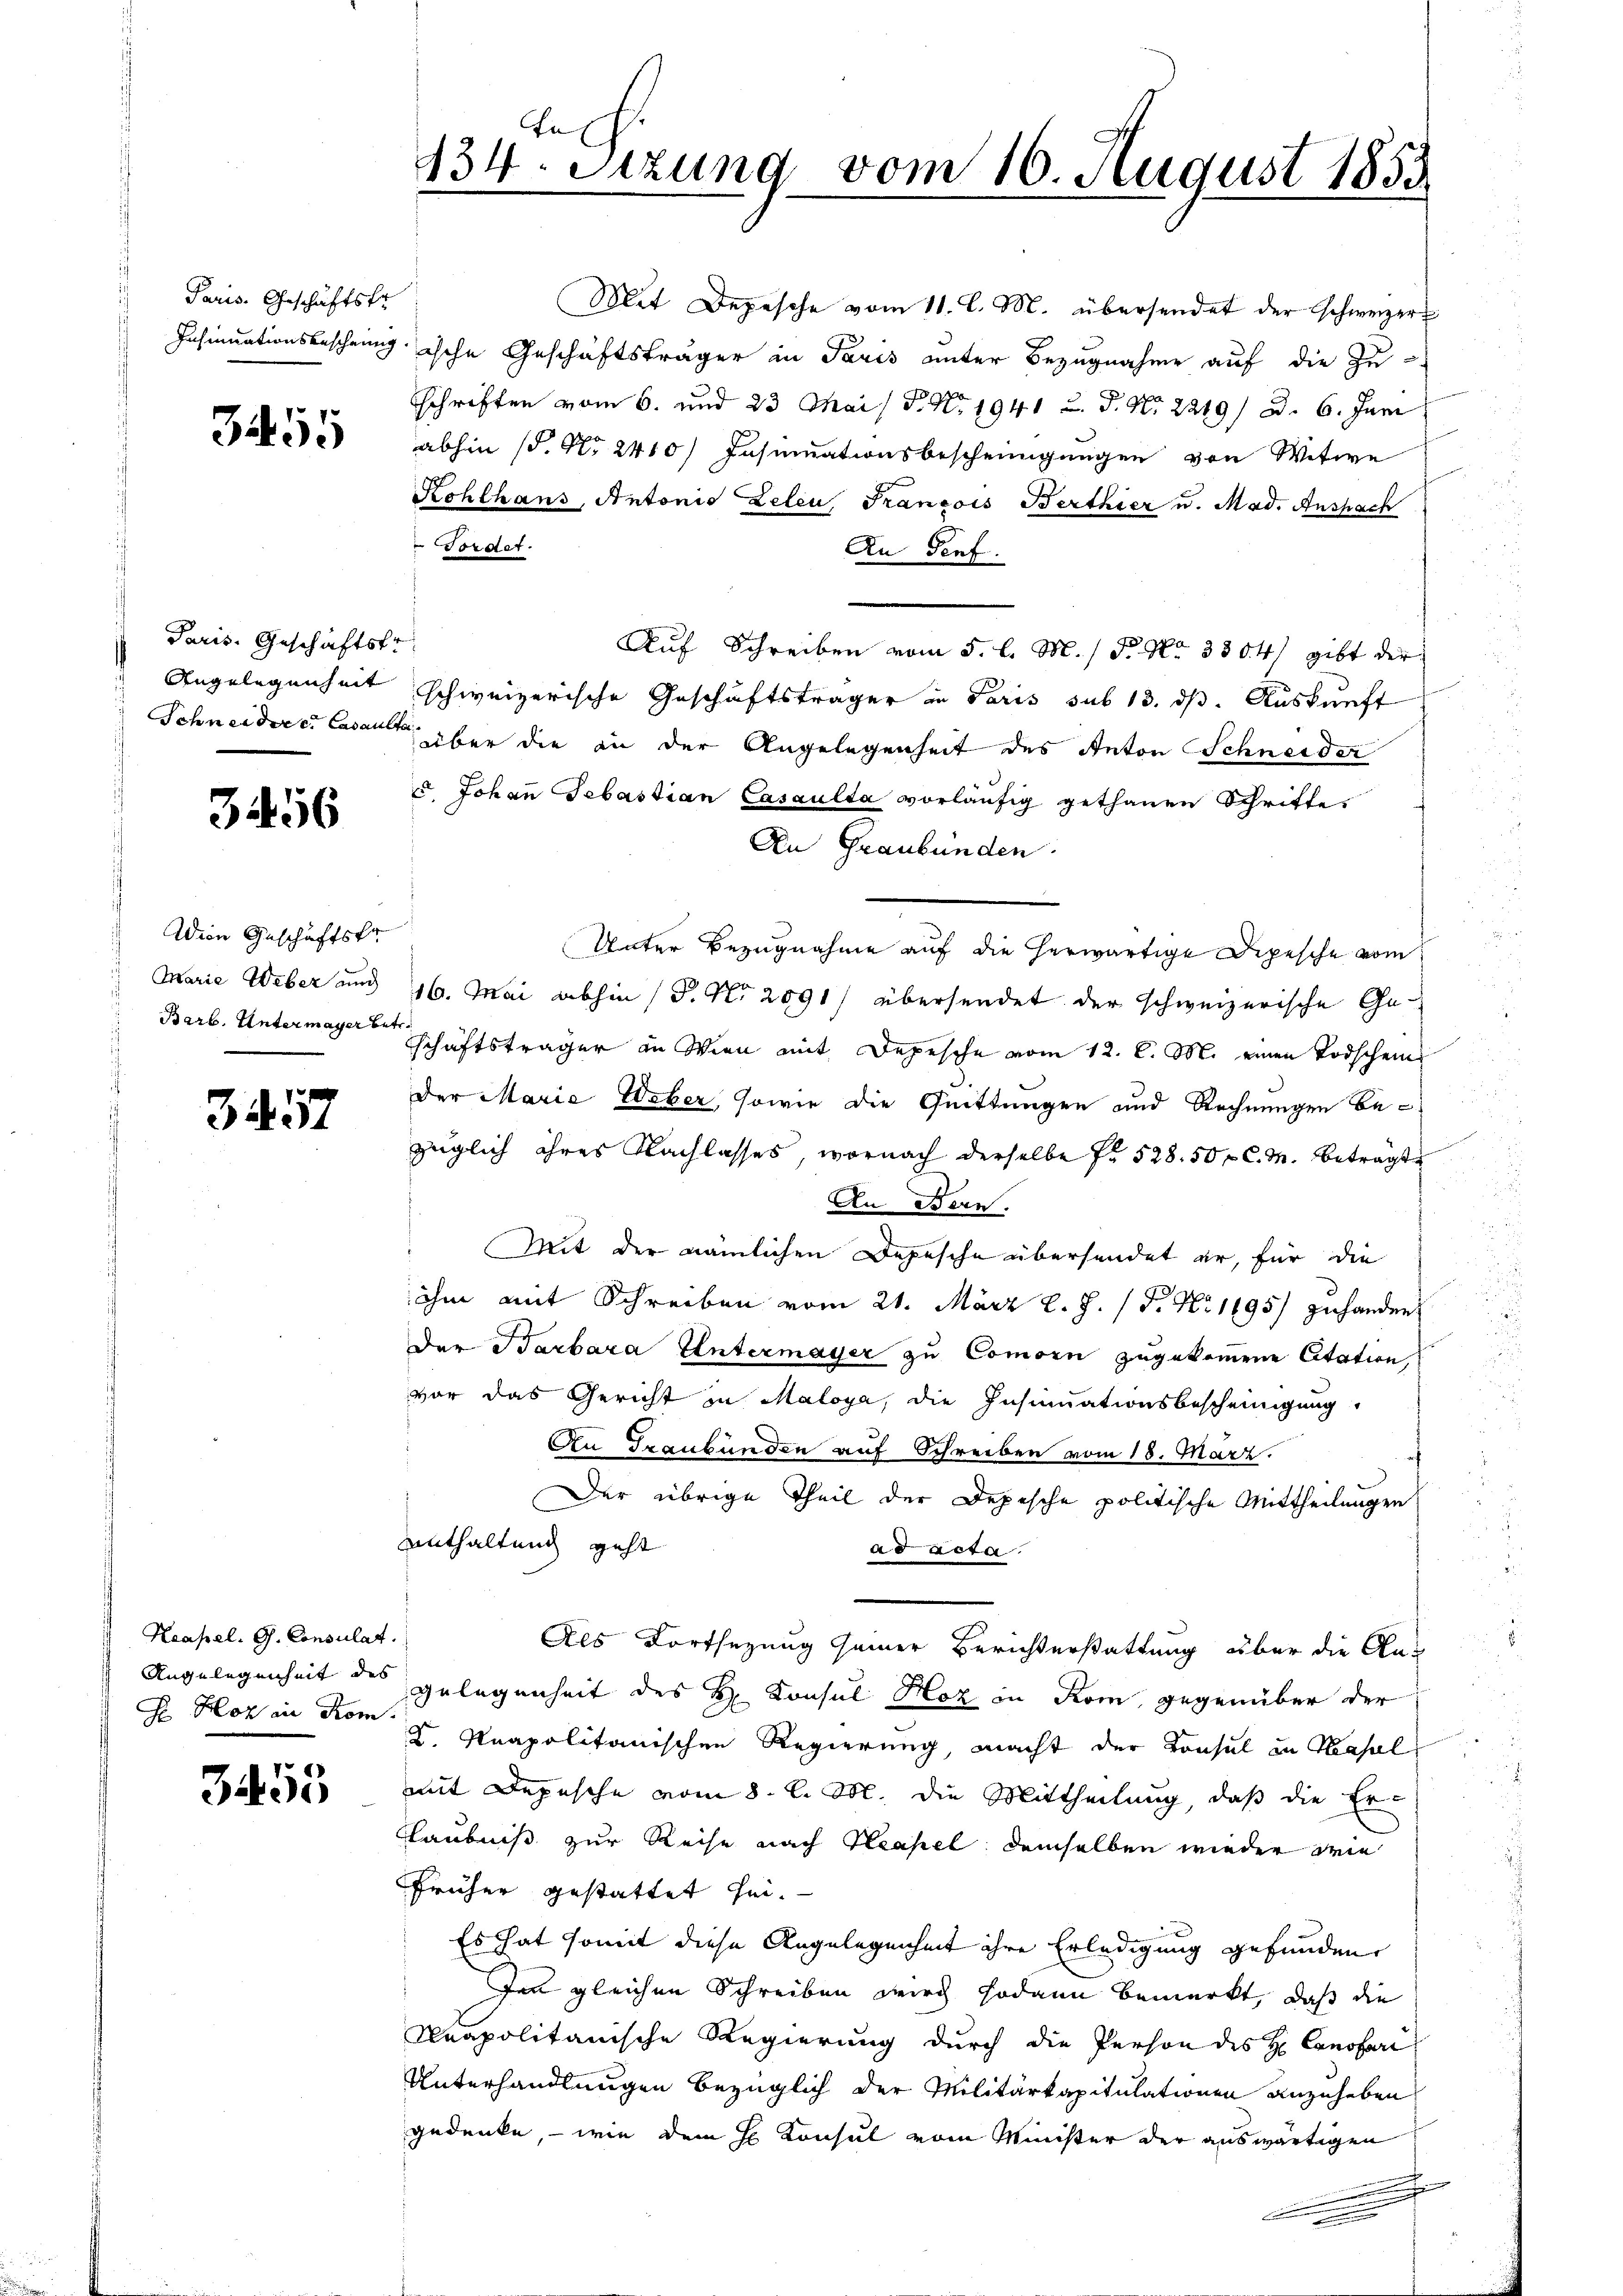
Paris. Geschäftsfr

3455

Paris. Geschäftst
Angelegenheit

3456

Wien Geschäftsfr
Marie Weber auch
Barb. Untermayer betr.

3457

Neapel. G. Consulat.
Angelegenheit des
Se Hof in Kom

3453

tn,
434. Sitzung vom 10. August 1853

Mit Depesche vom 11. l. M. übersendet der Schweizer
Insinuationsbescheingische Geschäftsträger in Paris unter Bezugnahme auf die Zu-
schriften vom 6. und 23 Mai / P. Nr. 1941 u. P. Nr. 2249/ d. 6. Juni
abhin (S. Nr. 2410) Insumationsbescheinigungen von Witwe
Kohlhans, Antonis zelen, Francois Berthier u. Mad. Aushach
Fordet.
An Genf.
Auf Schreiben vom 5. l. M. / P. Nr. 3804, gibt der
schweizerische Geschäftsträger in Paris sub 13. ds. Auskunft
Schneidere Casant über die in der Angelegenheit des Anton Schneider
u. Johan Sebastian Casaulta vorläufig gethanen Schritte
An Graubünden.
Unter Bezugnahme auf die herwärtige Depesche vom
16. Mai abhin (P. Nr. 2091) übersendet der schweizerische Geschäftsträger in Wien mit Depesche vom 12. l. M. einen Todschein
Der Marie Weber, sowie die Quittungen und Rechnungen bezüglich ihres Nachlasses, wornach derselbe f. 528. 50 r C. M. beträgt
An Bern.
Mit der nämlichen Depesche übersendet er, für die
ihm mit Schreiben vom 21. März l. J. P. Nr. 1695/ zuhanden
Der Barbara Entermayer zu Commori zugekommene Citation,
vor das Gericht in Maloya, die Insinuationsbescheinigung,
An Graubünden auf Schreiben vom 18. März.
Der übrige Theil der Depesche politische Mittheilungen
Anthaltung geht
ad acta
Als Fortsetzung seiner Berichterstattung über die An-
Gelegenheit des H. Konsul Hoz in Rom, gegenüber der
K. Neapolitanischen Regierung, macht der Konsul in Krassel
mit Depesche vom 8. d. M. die Mittheilung, daß die Er¬
Glaubniß zur Reise nach Neapel demselben wieder die
Früher gestattet sei.
Es hat somit diese Angelegenheit ihre Erledigung gefunden,
Ien gleichen Schreiben wird sodann bemerkt, daß die
Reapolitanische Regierung durch die Person des H. Canotari
Unterhandlungen bezüglich der Militärkapitulationen anzuheben
gedenke, – wie dem H. Konsul vom Minister der auswärtigen
r
e